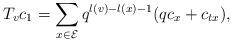
LaTeX: \begin{align*}T_vc_1=\sum_{x\in\mathcal{E}}q^{l(v)-l(x)-1}(qc_{x}+c_{tx}),\end{align*}